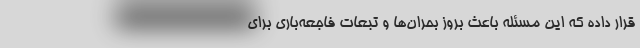
قرار داده که این مسئله باعث بروز بحران‌ها و تبعات فاجعه‌باری برای